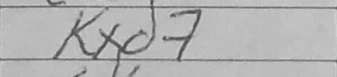
Transcription: Kxd7